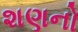
શણનો